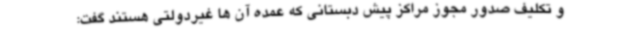
و تکلیف صدور مجوز مراکز پیش دبستانی که عمده آن ها غیردولتی هستند گفت: